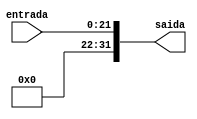
module extensor22(entrada,
						saida);
						
//Entradas
	input [21:0] 	entrada;
	
//Saidas
	output [31:0] 	saida;
	
//Logica combinacional
	assign saida[21:0] = entrada[21:0];
	assign saida[31:21] = entrada[21];
	
endmodule